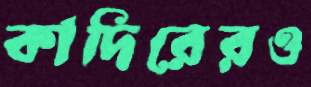
কাদিরেরও